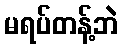
မရပ်တန့်ဘဲ